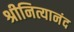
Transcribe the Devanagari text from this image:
श्रीनित्यानंद